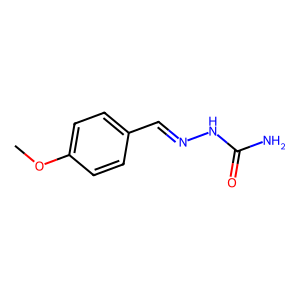
SMILES: COc1ccc(C=NNC(N)=O)cc1
Inhibits HIV replication: No